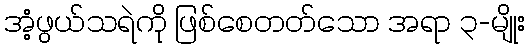
အံ့ဖွယ်သရဲကို ဖြစ်စေတတ်သော အရာ ၃-မျိုး